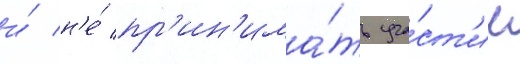
и́ н'е́ пр'ин'има́ть уча́ст'ие